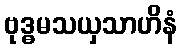
ဗုဒ္ဓမသယှသာဟိနံ